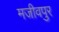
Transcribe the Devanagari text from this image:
मजीवपुर